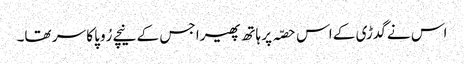
اس نے گدڑی کے اس حصّہ پر ہاتھ پھیرا جس کے نیچے رُوپا کا سر تھا۔